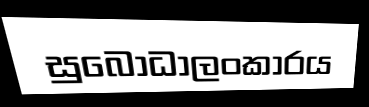
සුබෝධාලංකාරය